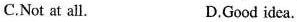
C.Not at all. D,Good idea.